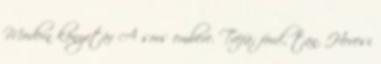
Modern könyvtár A sors embere. Tréfa; ford., tan. Hevesi